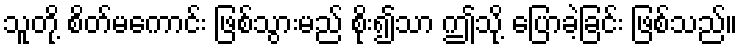
သူတို့ စိတ်မကောင်း ဖြစ်သွားမည် စိုး၍သာ ဤသို့ ပြောခဲ့ခြင်း ဖြစ်သည်။